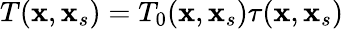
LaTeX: \begin{array}{r}{T(\mathbf{x},\mathbf{x}_{s})=T_{0}(\mathbf{x},\mathbf{x}_{s})\tau(\mathbf{x},\mathbf{x}_{s})}\end{array}